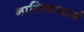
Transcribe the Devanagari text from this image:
नासिकामार्ग